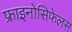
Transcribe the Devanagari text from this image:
फ्राइनोसिफेलस